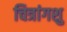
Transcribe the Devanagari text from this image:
चित्रांगशु